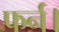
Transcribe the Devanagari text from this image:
फर्न।